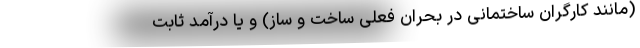
(مانند کارگران ساختمانی در بحران فعلی ساخت و ساز) و یا درآمد ثابت